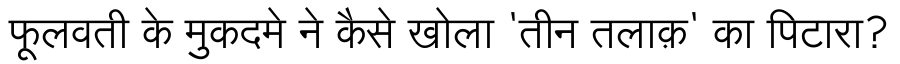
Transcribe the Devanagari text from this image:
फूलवती के मुकदमे ने कैसे खोला 'तीन तलाक़' का पिटारा?